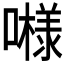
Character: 𱕇